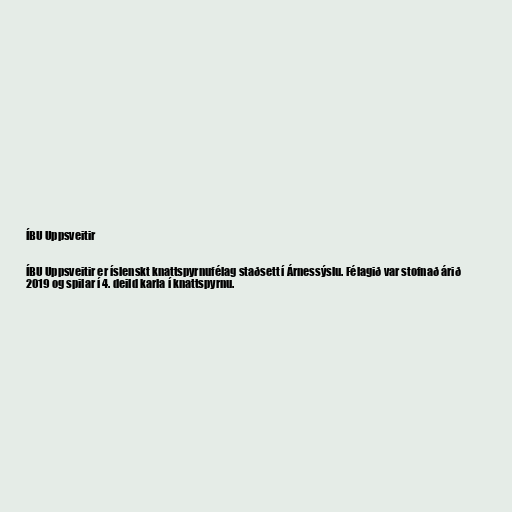
ÍBU Uppsveitir

ÍBU Uppsveitir er íslenskt knattspyrnufélag staðsett í Árnessýslu. Félagið var stofnað árið
2019 og spilar í 4. deild karla í knattspyrnu.